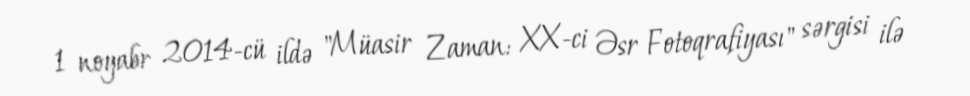
1 noyabr 2014-cü ildə "Müasir Zaman: XX-ci Əsr Fotoqrafiyası" sərgisi ilə